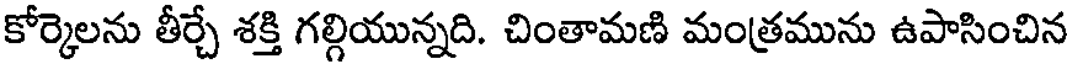
కోర్కెలను తీర్చే శక్తి గల్గియున్నది. చింతామణి మంత్రమును ఉపాసించిన